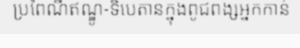
ប្រពៃណីឥណ្ឌូ-ទិបេតានក្នុងពូជពង្សអ្នកកាន់